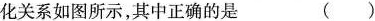
化关系如图所示，其中正确的是（）